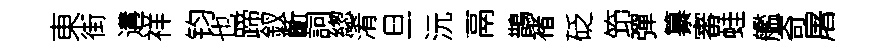
東街遘祥钧也蹄釵齗詞緫淆旦沅鬲鵲褚砭笻彈纂審蛙艦奇屠